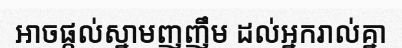
អាចផ្តល់ស្នាមញញឹម ដល់អ្នករាល់គ្នា